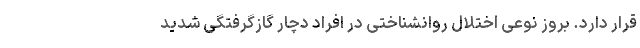
قرار دارد. بروز نوعی اختلال روانشناختی در افراد دچار گازگرفتگی شدید